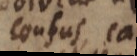
confus, car